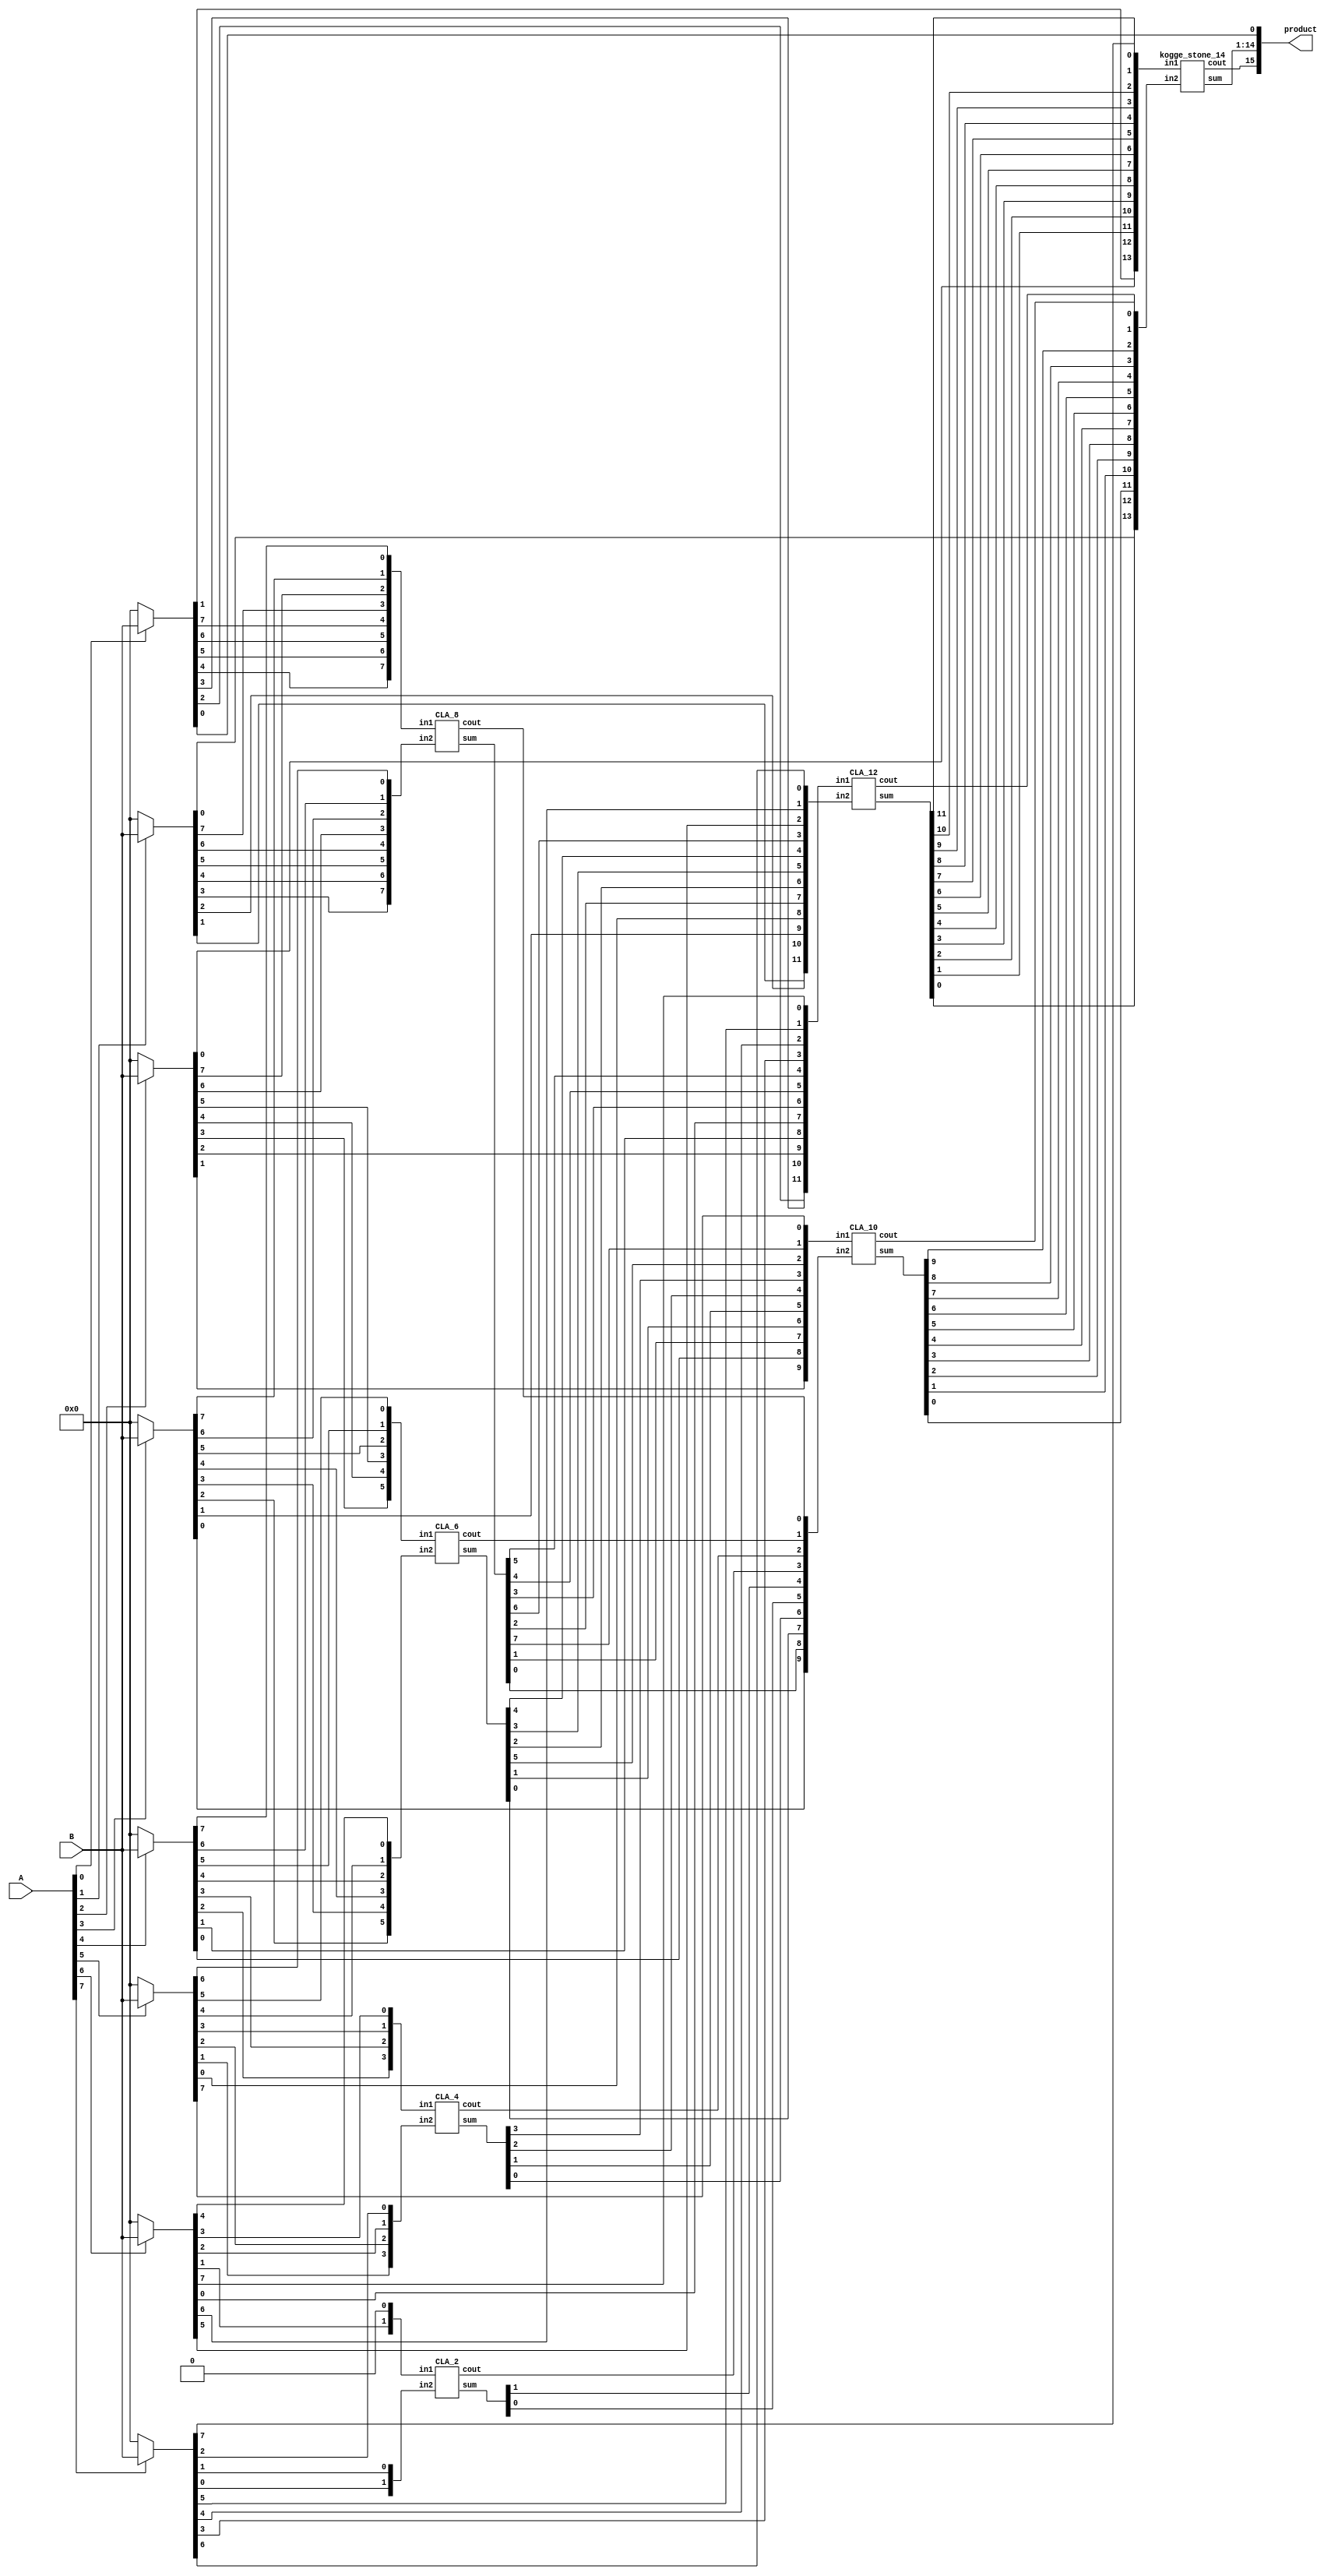
module multiplier_8bits_version13(product, A, B);

    output [15:0] product;
    input [7:0] A, B;

    /*
     * Area: 1313.570661
     * Power: 0.6623mW
     * Timing: 1.29ns
     */

    wire [7:0] pp0;
    wire [7:0] pp1;
    wire [7:0] pp2;
    wire [7:0] pp3;
    wire [7:0] pp4;
    wire [7:0] pp5;
    wire [7:0] pp6;
    wire [7:0] pp7;


    assign pp0 = A[0] ? B: 8'b00000000;
    assign pp1 = A[1] ? B: 8'b00000000;
    assign pp2 = A[2] ? B: 8'b00000000;
    assign pp3 = A[3] ? B: 8'b00000000;
    assign pp4 = A[4] ? B: 8'b00000000;
    assign pp5 = A[5] ? B: 8'b00000000;
    assign pp6 = A[6] ? B: 8'b00000000;
    assign pp7 = A[7] ? B: 8'b00000000;

    /* Stage 1*/
    wire[7:0] s1, in1_1, in1_2;
    wire c1;
    assign in1_1 = {pp0[4], pp0[5], pp0[6], pp0[7], pp1[7], pp2[7], pp3[7], pp4[7]};
    assign in1_2 = {pp1[3], pp1[4], pp1[5], pp1[6], pp2[6], pp3[6], pp4[6], pp5[6]};
    CLA_8 KS_1(s1, c1, in1_1, in1_2);

    wire[5:0] s2, in2_1, in2_2;
    wire c2;
    assign in2_1 = {pp2[3], pp2[4], pp2[5], pp3[5], pp4[5], pp5[5]};
    assign in2_2 = {pp3[2], pp3[3], pp3[4], pp4[4], pp5[4], pp6[4]};
    CLA_6 KS_2(s2, c2, in2_1, in2_2);

    wire[3:0] s3, in3_1, in3_2;
    wire c3;
    assign in3_1 = {pp4[2], pp4[3], pp5[3], pp6[3]};
    assign in3_2 = {pp5[1], pp5[2], pp6[2], pp7[2]};
    CLA_4 KS_3(s3, c3, in3_1, in3_2);

    wire[1:0] s4, in4_1, in4_2;
    wire c4;
    assign in4_1 = {pp6[1], 1'b0};
    assign in4_2 = {pp7[0], pp7[1]};
    CLA_2 KS_4(s4, c4, in4_1, in4_2);

    /* Stage 2*/
    wire[11:0] s5, in5_1, in5_2;
    wire c5;
    assign in5_1 = {pp0[2], pp0[3], pp2[2], pp4[1], pp6[0], s1[3], s1[4], s1[5], pp7[3], pp7[4], pp7[5], pp6[7]};
    assign in5_2 = {pp1[1], pp1[2], pp3[1], pp5[0], s1[2],  s2[2], s2[3], s2[4], s1[6],  pp6[5], pp6[6], pp7[6]};
    CLA_12 KS_5(s5, c5, in5_1, in5_2);

    wire[9:0] s6, in6_1, in6_2;
    wire c6;
    assign in6_1 = {pp2[1], pp4[0], s1[1], s2[1], s3[1], s3[2], s3[3], s2[5], s1[7], pp5[7]};
    assign in6_2 = {pp3[0], s1[0],  s2[0], s3[0], s4[0], s4[1], c4,    c3,    c2,    c1};
    CLA_10 KS_6(s6, c6, in6_1, in6_2);
    
    /* Final Stage */
    wire[13:0] s, in_1, in_2;
    wire c;
    assign in_1 = {pp0[1], pp2[0], s5[1], s5[2], s5[3], s5[4], s5[5], s5[6], s5[7], s5[8], s5[9], s5[10], s5[11], pp7[7]};
    assign in_2 = {pp1[0], s5[0], s6[0],  s6[1], s6[2], s6[3], s6[4], s6[5], s6[6], s6[7], s6[8], s6[9],  c6,     c5};
    kogge_stone_14 KS(s, c, in_1, in_2);

    assign product[0] = pp0[0];
    assign product[1] = s[0];
    assign product[2] = s[1];
    assign product[3] = s[2];
    assign product[4] = s[3];
    assign product[5] = s[4];
    assign product[6] = s[5];
    assign product[7] = s[6];
    assign product[8] = s[7];
    assign product[9] = s[8];
    assign product[10] = s[9];
    assign product[11] = s[10];
    assign product[12] = s[11];
    assign product[13] = s[12];
    assign product[14] = s[13];
    assign product[15] = c;
endmodule


module CLA_2_c(output [1:0] sum,
            output cout,
            input [1:0] in1, in2,
            input cin);

    wire [1:0] G; /* Generate */
    wire [1:0] P; /* Propagate */
    wire [1:0] C; /* Carry */

    assign G[0] = in1[1] & in2[1]; /*Generate    Gi = Ai * Bi */
    assign G[1] = in1[0] & in2[0];

    assign P[0] = in1[1] ^ in2[1];
    assign P[1] = in1[0] ^ in2[0];

    assign C[0] = cin;
    assign C[1] = G[0] | (P[0] & C[0]);
    assign cout = G[1] | (P[1] & C[1]);
    assign sum = P ^ C;
endmodule

module CLA_4(output [3:0] sum,
            output cout,
            input [3:0] in1, in2);

    wire [3:0] G; /* Generate */
    wire [3:0] P; /* Propagate */
    wire [3:0] C; /* Carry */

    assign G[0] = in1[3] & in2[3]; /*Generate    Gi = Ai * Bi */
    assign G[1] = in1[2] & in2[2];
    assign G[2] = in1[1] & in2[1];
    assign G[3] = in1[0] & in2[0];
    assign P[0] = in1[3] ^ in2[3]; /*Propagate   Pi = Ai + Bi */
    assign P[1] = in1[2] ^ in2[2];
    assign P[2] = in1[1] ^ in2[1];
    assign P[3] = in1[0] ^ in2[0];

    assign C[0] = 0;
    assign C[1] = G[0] | (P[0] & C[0]);
    assign C[2] = G[1] | (P[1] & C[1]);
    assign C[3] = G[2] | (P[2] & C[2]);
    assign cout = G[3] | (P[3] & C[3]);
    assign sum = P ^ C;
endmodule

module CLA_4_c(output [3:0] sum,
            output cout,
            input [3:0] in1, in2,
            input cin);

    wire [3:0] G; /* Generate */
    wire [3:0] P; /* Propagate */
    wire [3:0] C; /* Carry */

    assign G[0] = in1[3] & in2[3]; /*Generate    Gi = Ai * Bi */
    assign G[1] = in1[2] & in2[2];
    assign G[2] = in1[1] & in2[1];
    assign G[3] = in1[0] & in2[0];
    assign P[0] = in1[3] ^ in2[3]; /*Propagate   Pi = Ai + Bi */
    assign P[1] = in1[2] ^ in2[2];
    assign P[2] = in1[1] ^ in2[1];
    assign P[3] = in1[0] ^ in2[0];

    assign C[0] = cin;
    assign C[1] = G[0] | (P[0] & C[0]);
    assign C[2] = G[1] | (P[1] & C[1]);
    assign C[3] = G[2] | (P[2] & C[2]);
    assign cout = G[3] | (P[3] & C[3]);
    assign sum = P ^ C;
endmodule

module kogge_stone_14(sum, cout, in1, in2);
    input [13:0] in1, in2; 
    output [13:0] sum; 
    output cout; 
    wire [13:0] G_Z, P_Z, 
    G_A, P_A,
    G_B, P_B,
    G_C, P_C,
    G_D, P_D,
    G_E, P_E,
    G_F, P_F;

    assign P_Z[0]  = in1[13] ^ in2[13];
    assign P_Z[1]  = in1[12] ^ in2[12];
    assign P_Z[2]  = in1[11] ^ in2[11];
    assign P_Z[3]  = in1[10] ^ in2[10];
    assign P_Z[4] = in1[9]  ^ in2[9];
    assign P_Z[5] = in1[8]  ^ in2[8];
    assign P_Z[6] = in1[7]  ^ in2[7];
    assign P_Z[7] = in1[6]  ^ in2[6];
    assign P_Z[8] = in1[5]  ^ in2[5];
    assign P_Z[9] = in1[4]  ^ in2[4];
    assign P_Z[10] = in1[3]  ^ in2[3];
    assign P_Z[11] = in1[2]  ^ in2[2];
    assign P_Z[12] = in1[1]  ^ in2[1];
    assign P_Z[13] = in1[0]  ^ in2[0];

    assign G_Z[0]  = in1[13] & in2[13];
    assign G_Z[1]  = in1[12] & in2[12];
    assign G_Z[2]  = in1[11] & in2[11];
    assign G_Z[3]  = in1[10] & in2[10];
    assign G_Z[4] = in1[9]  & in2[9];
    assign G_Z[5] = in1[8]  & in2[8];
    assign G_Z[6] = in1[7]  & in2[7];
    assign G_Z[7] = in1[6]  & in2[6];
    assign G_Z[8] = in1[5]  & in2[5];
    assign G_Z[9] = in1[4]  & in2[4];
    assign G_Z[10] = in1[3]  & in2[3];
    assign G_Z[11] = in1[2]  & in2[2];
    assign G_Z[12] = in1[1]  & in2[1];
    assign G_Z[13] = in1[0]  & in2[0];

    /*level 1*/
    assign G_A[0] = G_Z[0];
    black_cell level_1A(G_Z[0],  P_Z[1],  G_Z[1],  P_Z[0],  G_A[1],  P_A[1]);
    black_cell level_2A(G_Z[1],  P_Z[2],  G_Z[2],  P_Z[1],  G_A[2],  P_A[2]);
    black_cell level_3A(G_Z[2],  P_Z[3],  G_Z[3],  P_Z[2],  G_A[3],  P_A[3]);
    black_cell level_4A(G_Z[3],  P_Z[4],  G_Z[4],  P_Z[3],  G_A[4],  P_A[4]);
    black_cell level_5A(G_Z[4],  P_Z[5],  G_Z[5],  P_Z[4],  G_A[5],  P_A[5]);
    black_cell level_6A(G_Z[5],  P_Z[6],  G_Z[6],  P_Z[5],  G_A[6],  P_A[6]);
    black_cell level_7A(G_Z[6],  P_Z[7],  G_Z[7],  P_Z[6],  G_A[7],  P_A[7]);
    black_cell level_8A(G_Z[7],  P_Z[8],  G_Z[8],  P_Z[7],  G_A[8],  P_A[8]);
    black_cell level_9A(G_Z[8],  P_Z[9],  G_Z[9],  P_Z[8],  G_A[9],  P_A[9]);
    black_cell level_AA(G_Z[9],  P_Z[10], G_Z[10], P_Z[9],  G_A[10], P_A[10]);
    black_cell level_BA(G_Z[10], P_Z[11], G_Z[11], P_Z[10], G_A[11], P_A[11]);
    black_cell level_CA(G_Z[11], P_Z[12], G_Z[12], P_Z[11], G_A[12], P_A[12]);
    black_cell level_DA(G_Z[12], P_Z[13], G_Z[13], P_Z[12], G_A[13], P_A[13]);

    /*level 2*/
    assign G_B[1] = G_A[1];
    gray_cell level_2B(G_A[0],   P_A[2],  G_A[2],  G_B[2]);
    black_cell level_3B(G_A[1],  P_A[3],  G_A[3],  P_A[1],  G_B[3],  P_B[3]);
    black_cell level_4B(G_A[2],  P_A[4],  G_A[4],  P_A[2],  G_B[4],  P_B[4]);
    black_cell level_5B(G_A[3],  P_A[5],  G_A[5],  P_A[3],  G_B[5],  P_B[5]);
    black_cell level_6B(G_A[4],  P_A[6],  G_A[6],  P_A[4],  G_B[6],  P_B[6]);
    black_cell level_7B(G_A[5],  P_A[7],  G_A[7],  P_A[5],  G_B[7],  P_B[7]);
    black_cell level_8B(G_A[6],  P_A[8],  G_A[8],  P_A[6],  G_B[8],  P_B[8]);
    black_cell level_9B(G_A[7],  P_A[9],  G_A[9],  P_A[7],  G_B[9],  P_B[9]);
    black_cell level_AB(G_A[8],  P_A[10], G_A[10], P_A[8],  G_B[10], P_B[10]);
    black_cell level_BB(G_A[9],  P_A[11], G_A[11], P_A[9],  G_B[11], P_B[11]);
    black_cell level_CB(G_A[10], P_A[12], G_A[12], P_A[10], G_B[12], P_B[12]);
    black_cell level_DB(G_A[11], P_A[13], G_A[13], P_A[11], G_B[13], P_B[13]);

    /*level 3*/
    assign G_C[3] = G_B[3];
    gray_cell level_4C(G_A[0],   P_B[4],  G_B[4],  G_C[4]);
    gray_cell level_5C(G_B[1],   P_B[5],  G_B[5],  G_C[5]);
    gray_cell level_6C(G_B[2],   P_B[6],  G_B[6],  G_C[6]);
    black_cell level_7C(G_B[3],  P_B[7],  G_B[7],  P_B[3],  G_C[7],  P_C[7]);
    black_cell level_8C(G_B[4],  P_B[8],  G_B[8],  P_B[4],  G_C[8],  P_C[8]);
    black_cell level_9C(G_B[5],  P_B[9],  G_B[9],  P_B[5],  G_C[9],  P_C[9]);
    black_cell level_AC(G_B[6],  P_B[10], G_B[10], P_B[6],  G_C[10], P_C[10]);
    black_cell level_BC(G_B[7],  P_B[11], G_B[11], P_B[7],  G_C[11], P_C[11]);
    black_cell level_CC(G_B[8],  P_B[12], G_B[12], P_B[8],  G_C[12], P_C[12]);
    black_cell level_DC(G_B[9],  P_B[13], G_B[13], P_B[9],  G_C[13], P_C[13]);

    /*level 4*/
    assign G_D[7] = G_C[7];
    gray_cell level_8D(G_A[0],    P_C[8],   G_C[8],            G_D[8]);
    gray_cell level_9D(G_B[1],    P_C[9],   G_C[9],            G_D[9]);
    gray_cell level_AD(G_B[2],    P_C[10],  G_C[10],           G_D[10]);
    gray_cell level_BD(G_C[3],    P_C[11],  G_C[11],           G_D[11]);
    gray_cell level_CD(G_C[4],    P_C[12],  G_C[12],           G_D[12]);
    gray_cell level_DD(G_C[5],    P_C[13],  G_C[13],           cout);

    /*outputs*/
    assign sum[0]  =           P_Z[0];
    assign sum[1]  = G_A[0]  ^ P_Z[1];
    assign sum[2]  = G_B[1]  ^ P_Z[2];
    assign sum[3]  = G_B[2]  ^ P_Z[3];
    assign sum[4]  = G_C[3]  ^ P_Z[4];
    assign sum[5]  = G_C[4]  ^ P_Z[5];
    assign sum[6]  = G_C[5]  ^ P_Z[6];
    assign sum[7]  = G_C[6]  ^ P_Z[7];
    assign sum[8]  = G_D[7]  ^ P_Z[8];
    assign sum[9]  = G_D[8]  ^ P_Z[9];
    assign sum[10] = G_D[9]  ^ P_Z[10];
    assign sum[11] = G_D[10] ^ P_Z[11];
    assign sum[12] = G_D[11] ^ P_Z[12];
    assign sum[13] = G_D[12] ^ P_Z[13];
endmodule

module gray_cell(Gk_j, Pi_k, Gi_k, G);
    input Gk_j, Pi_k, Gi_k;
    output G;
    wire Y;
    and(Y, Gk_j, Pi_k);
    or(G, Y, Gi_k);
endmodule

module black_cell(Gk_j, Pi_k, Gi_k, Pk_j, G, P);
    input Gk_j, Pi_k, Gi_k, Pk_j;
    output G, P;
    wire Y;
    and(Y, Gk_j, Pi_k);
    or(G, Gi_k, Y);
    and(P, Pk_j, Pi_k);
endmodule


module CLA_16(output [15:0] sum, output cout, input [15:0] in1, input [15:0] in2);

    wire[15:0] G;
    wire[15:0] C;
    wire[15:0] P;

    assign G[0] = in1[15] & in2[15];
    assign P[0] = in1[15] ^ in2[15];
    assign G[1] = in1[14] & in2[14];
    assign P[1] = in1[14] ^ in2[14];
    assign G[2] = in1[13] & in2[13];
    assign P[2] = in1[13] ^ in2[13];
    assign G[3] = in1[12] & in2[12];
    assign P[3] = in1[12] ^ in2[12];
    assign G[4] = in1[11] & in2[11];
    assign P[4] = in1[11] ^ in2[11];
    assign G[5] = in1[10] & in2[10];
    assign P[5] = in1[10] ^ in2[10];
    assign G[6] = in1[9] & in2[9];
    assign P[6] = in1[9] ^ in2[9];
    assign G[7] = in1[8] & in2[8];
    assign P[7] = in1[8] ^ in2[8];
    assign G[8] = in1[7] & in2[7];
    assign P[8] = in1[7] ^ in2[7];
    assign G[9] = in1[6] & in2[6];
    assign P[9] = in1[6] ^ in2[6];
    assign G[10] = in1[5] & in2[5];
    assign P[10] = in1[5] ^ in2[5];
    assign G[11] = in1[4] & in2[4];
    assign P[11] = in1[4] ^ in2[4];
    assign G[12] = in1[3] & in2[3];
    assign P[12] = in1[3] ^ in2[3];
    assign G[13] = in1[2] & in2[2];
    assign P[13] = in1[2] ^ in2[2];
    assign G[14] = in1[1] & in2[1];
    assign P[14] = in1[1] ^ in2[1];
    assign G[15] = in1[0] & in2[0];
    assign P[15] = in1[0] ^ in2[0];


    assign C[0] = 0;  /* Carry_out = Ci+1 = Gi + Pi*Ci */;
    assign C[1] = G[0] | (P[0] & C[0]);
    assign C[2] = G[1] | (P[1] & C[1]);
    assign C[3] = G[2] | (P[2] & C[2]);
    assign C[4] = G[3] | (P[3] & C[3]);
    assign C[5] = G[4] | (P[4] & C[4]);
    assign C[6] = G[5] | (P[5] & C[5]);
    assign C[7] = G[6] | (P[6] & C[6]);
    assign C[8] = G[7] | (P[7] & C[7]);
    assign C[9] = G[8] | (P[8] & C[8]);
    assign C[10] = G[9] | (P[9] & C[9]);
    assign C[11] = G[10] | (P[10] & C[10]);
    assign C[12] = G[11] | (P[11] & C[11]);
    assign C[13] = G[12] | (P[12] & C[12]);
    assign C[14] = G[13] | (P[13] & C[13]);
    assign C[15] = G[14] | (P[14] & C[14]);
    assign cout = G[15] | (P[15] & C[15]);
    assign sum = P ^ C;
endmodule

module CLA_15(output [14:0] sum, output cout, input [14:0] in1, input [14:0] in2);

    wire[14:0] G;
    wire[14:0] C;
    wire[14:0] P;

    assign G[0] = in1[14] & in2[14];
    assign P[0] = in1[14] ^ in2[14];
    assign G[1] = in1[13] & in2[13];
    assign P[1] = in1[13] ^ in2[13];
    assign G[2] = in1[12] & in2[12];
    assign P[2] = in1[12] ^ in2[12];
    assign G[3] = in1[11] & in2[11];
    assign P[3] = in1[11] ^ in2[11];
    assign G[4] = in1[10] & in2[10];
    assign P[4] = in1[10] ^ in2[10];
    assign G[5] = in1[9] & in2[9];
    assign P[5] = in1[9] ^ in2[9];
    assign G[6] = in1[8] & in2[8];
    assign P[6] = in1[8] ^ in2[8];
    assign G[7] = in1[7] & in2[7];
    assign P[7] = in1[7] ^ in2[7];
    assign G[8] = in1[6] & in2[6];
    assign P[8] = in1[6] ^ in2[6];
    assign G[9] = in1[5] & in2[5];
    assign P[9] = in1[5] ^ in2[5];
    assign G[10] = in1[4] & in2[4];
    assign P[10] = in1[4] ^ in2[4];
    assign G[11] = in1[3] & in2[3];
    assign P[11] = in1[3] ^ in2[3];
    assign G[12] = in1[2] & in2[2];
    assign P[12] = in1[2] ^ in2[2];
    assign G[13] = in1[1] & in2[1];
    assign P[13] = in1[1] ^ in2[1];
    assign G[14] = in1[0] & in2[0];
    assign P[14] = in1[0] ^ in2[0];


    assign C[0] = 0;  /* Carry_out = Ci+1 = Gi + Pi*Ci */;
    assign C[1] = G[0] | (P[0] & C[0]);
    assign C[2] = G[1] | (P[1] & C[1]);
    assign C[3] = G[2] | (P[2] & C[2]);
    assign C[4] = G[3] | (P[3] & C[3]);
    assign C[5] = G[4] | (P[4] & C[4]);
    assign C[6] = G[5] | (P[5] & C[5]);
    assign C[7] = G[6] | (P[6] & C[6]);
    assign C[8] = G[7] | (P[7] & C[7]);
    assign C[9] = G[8] | (P[8] & C[8]);
    assign C[10] = G[9] | (P[9] & C[9]);
    assign C[11] = G[10] | (P[10] & C[10]);
    assign C[12] = G[11] | (P[11] & C[11]);
    assign C[13] = G[12] | (P[12] & C[12]);
    assign C[14] = G[13] | (P[13] & C[13]);
    assign cout = G[14] | (P[14] & C[14]);
    assign sum = P ^ C;
endmodule

module CLA_14(output [13:0] sum, output cout, input [13:0] in1, input [13:0] in2);

    wire[13:0] G;
    wire[13:0] C;
    wire[13:0] P;

    assign G[0] = in1[13] & in2[13];
    assign P[0] = in1[13] ^ in2[13];
    assign G[1] = in1[12] & in2[12];
    assign P[1] = in1[12] ^ in2[12];
    assign G[2] = in1[11] & in2[11];
    assign P[2] = in1[11] ^ in2[11];
    assign G[3] = in1[10] & in2[10];
    assign P[3] = in1[10] ^ in2[10];
    assign G[4] = in1[9] & in2[9];
    assign P[4] = in1[9] ^ in2[9];
    assign G[5] = in1[8] & in2[8];
    assign P[5] = in1[8] ^ in2[8];
    assign G[6] = in1[7] & in2[7];
    assign P[6] = in1[7] ^ in2[7];
    assign G[7] = in1[6] & in2[6];
    assign P[7] = in1[6] ^ in2[6];
    assign G[8] = in1[5] & in2[5];
    assign P[8] = in1[5] ^ in2[5];
    assign G[9] = in1[4] & in2[4];
    assign P[9] = in1[4] ^ in2[4];
    assign G[10] = in1[3] & in2[3];
    assign P[10] = in1[3] ^ in2[3];
    assign G[11] = in1[2] & in2[2];
    assign P[11] = in1[2] ^ in2[2];
    assign G[12] = in1[1] & in2[1];
    assign P[12] = in1[1] ^ in2[1];
    assign G[13] = in1[0] & in2[0];
    assign P[13] = in1[0] ^ in2[0];


    assign C[0] = 0;  /* Carry_out = Ci+1 = Gi + Pi*Ci */;
    assign C[1] = G[0] | (P[0] & C[0]);
    assign C[2] = G[1] | (P[1] & C[1]);
    assign C[3] = G[2] | (P[2] & C[2]);
    assign C[4] = G[3] | (P[3] & C[3]);
    assign C[5] = G[4] | (P[4] & C[4]);
    assign C[6] = G[5] | (P[5] & C[5]);
    assign C[7] = G[6] | (P[6] & C[6]);
    assign C[8] = G[7] | (P[7] & C[7]);
    assign C[9] = G[8] | (P[8] & C[8]);
    assign C[10] = G[9] | (P[9] & C[9]);
    assign C[11] = G[10] | (P[10] & C[10]);
    assign C[12] = G[11] | (P[11] & C[11]);
    assign C[13] = G[12] | (P[12] & C[12]);
    assign cout = G[13] | (P[13] & C[13]);
    assign sum = P ^ C;
endmodule

module CLA_13(output [12:0] sum, output cout, input [12:0] in1, input [12:0] in2);

    wire[12:0] G;
    wire[12:0] C;
    wire[12:0] P;

    assign G[0] = in1[12] & in2[12];
    assign P[0] = in1[12] ^ in2[12];
    assign G[1] = in1[11] & in2[11];
    assign P[1] = in1[11] ^ in2[11];
    assign G[2] = in1[10] & in2[10];
    assign P[2] = in1[10] ^ in2[10];
    assign G[3] = in1[9] & in2[9];
    assign P[3] = in1[9] ^ in2[9];
    assign G[4] = in1[8] & in2[8];
    assign P[4] = in1[8] ^ in2[8];
    assign G[5] = in1[7] & in2[7];
    assign P[5] = in1[7] ^ in2[7];
    assign G[6] = in1[6] & in2[6];
    assign P[6] = in1[6] ^ in2[6];
    assign G[7] = in1[5] & in2[5];
    assign P[7] = in1[5] ^ in2[5];
    assign G[8] = in1[4] & in2[4];
    assign P[8] = in1[4] ^ in2[4];
    assign G[9] = in1[3] & in2[3];
    assign P[9] = in1[3] ^ in2[3];
    assign G[10] = in1[2] & in2[2];
    assign P[10] = in1[2] ^ in2[2];
    assign G[11] = in1[1] & in2[1];
    assign P[11] = in1[1] ^ in2[1];
    assign G[12] = in1[0] & in2[0];
    assign P[12] = in1[0] ^ in2[0];


    assign C[0] = 0;  /* Carry_out = Ci+1 = Gi + Pi*Ci */;
    assign C[1] = G[0] | (P[0] & C[0]);
    assign C[2] = G[1] | (P[1] & C[1]);
    assign C[3] = G[2] | (P[2] & C[2]);
    assign C[4] = G[3] | (P[3] & C[3]);
    assign C[5] = G[4] | (P[4] & C[4]);
    assign C[6] = G[5] | (P[5] & C[5]);
    assign C[7] = G[6] | (P[6] & C[6]);
    assign C[8] = G[7] | (P[7] & C[7]);
    assign C[9] = G[8] | (P[8] & C[8]);
    assign C[10] = G[9] | (P[9] & C[9]);
    assign C[11] = G[10] | (P[10] & C[10]);
    assign C[12] = G[11] | (P[11] & C[11]);
    assign cout = G[12] | (P[12] & C[12]);
    assign sum = P ^ C;
endmodule

module CLA_12(output [11:0] sum, output cout, input [11:0] in1, input [11:0] in2);

    wire[11:0] G;
    wire[11:0] C;
    wire[11:0] P;

    assign G[0] = in1[11] & in2[11];
    assign P[0] = in1[11] ^ in2[11];
    assign G[1] = in1[10] & in2[10];
    assign P[1] = in1[10] ^ in2[10];
    assign G[2] = in1[9] & in2[9];
    assign P[2] = in1[9] ^ in2[9];
    assign G[3] = in1[8] & in2[8];
    assign P[3] = in1[8] ^ in2[8];
    assign G[4] = in1[7] & in2[7];
    assign P[4] = in1[7] ^ in2[7];
    assign G[5] = in1[6] & in2[6];
    assign P[5] = in1[6] ^ in2[6];
    assign G[6] = in1[5] & in2[5];
    assign P[6] = in1[5] ^ in2[5];
    assign G[7] = in1[4] & in2[4];
    assign P[7] = in1[4] ^ in2[4];
    assign G[8] = in1[3] & in2[3];
    assign P[8] = in1[3] ^ in2[3];
    assign G[9] = in1[2] & in2[2];
    assign P[9] = in1[2] ^ in2[2];
    assign G[10] = in1[1] & in2[1];
    assign P[10] = in1[1] ^ in2[1];
    assign G[11] = in1[0] & in2[0];
    assign P[11] = in1[0] ^ in2[0];


    assign C[0] = 0;  /* Carry_out = Ci+1 = Gi + Pi*Ci */;
    assign C[1] = G[0] | (P[0] & C[0]);
    assign C[2] = G[1] | (P[1] & C[1]);
    assign C[3] = G[2] | (P[2] & C[2]);
    assign C[4] = G[3] | (P[3] & C[3]);
    assign C[5] = G[4] | (P[4] & C[4]);
    assign C[6] = G[5] | (P[5] & C[5]);
    assign C[7] = G[6] | (P[6] & C[6]);
    assign C[8] = G[7] | (P[7] & C[7]);
    assign C[9] = G[8] | (P[8] & C[8]);
    assign C[10] = G[9] | (P[9] & C[9]);
    assign C[11] = G[10] | (P[10] & C[10]);
    assign cout = G[11] | (P[11] & C[11]);
    assign sum = P ^ C;
endmodule

module CLA_11(output [10:0] sum, output cout, input [10:0] in1, input [10:0] in2);

    wire[10:0] G;
    wire[10:0] C;
    wire[10:0] P;

    assign G[0] = in1[10] & in2[10];
    assign P[0] = in1[10] ^ in2[10];
    assign G[1] = in1[9] & in2[9];
    assign P[1] = in1[9] ^ in2[9];
    assign G[2] = in1[8] & in2[8];
    assign P[2] = in1[8] ^ in2[8];
    assign G[3] = in1[7] & in2[7];
    assign P[3] = in1[7] ^ in2[7];
    assign G[4] = in1[6] & in2[6];
    assign P[4] = in1[6] ^ in2[6];
    assign G[5] = in1[5] & in2[5];
    assign P[5] = in1[5] ^ in2[5];
    assign G[6] = in1[4] & in2[4];
    assign P[6] = in1[4] ^ in2[4];
    assign G[7] = in1[3] & in2[3];
    assign P[7] = in1[3] ^ in2[3];
    assign G[8] = in1[2] & in2[2];
    assign P[8] = in1[2] ^ in2[2];
    assign G[9] = in1[1] & in2[1];
    assign P[9] = in1[1] ^ in2[1];
    assign G[10] = in1[0] & in2[0];
    assign P[10] = in1[0] ^ in2[0];


    assign C[0] = 0;  /* Carry_out = Ci+1 = Gi + Pi*Ci */;
    assign C[1] = G[0] | (P[0] & C[0]);
    assign C[2] = G[1] | (P[1] & C[1]);
    assign C[3] = G[2] | (P[2] & C[2]);
    assign C[4] = G[3] | (P[3] & C[3]);
    assign C[5] = G[4] | (P[4] & C[4]);
    assign C[6] = G[5] | (P[5] & C[5]);
    assign C[7] = G[6] | (P[6] & C[6]);
    assign C[8] = G[7] | (P[7] & C[7]);
    assign C[9] = G[8] | (P[8] & C[8]);
    assign C[10] = G[9] | (P[9] & C[9]);
    assign cout = G[10] | (P[10] & C[10]);
    assign sum = P ^ C;
endmodule

module CLA_10(output [9:0] sum, output cout, input [9:0] in1, input [9:0] in2);

    wire[9:0] G;
    wire[9:0] C;
    wire[9:0] P;

    assign G[0] = in1[9] & in2[9];
    assign P[0] = in1[9] ^ in2[9];
    assign G[1] = in1[8] & in2[8];
    assign P[1] = in1[8] ^ in2[8];
    assign G[2] = in1[7] & in2[7];
    assign P[2] = in1[7] ^ in2[7];
    assign G[3] = in1[6] & in2[6];
    assign P[3] = in1[6] ^ in2[6];
    assign G[4] = in1[5] & in2[5];
    assign P[4] = in1[5] ^ in2[5];
    assign G[5] = in1[4] & in2[4];
    assign P[5] = in1[4] ^ in2[4];
    assign G[6] = in1[3] & in2[3];
    assign P[6] = in1[3] ^ in2[3];
    assign G[7] = in1[2] & in2[2];
    assign P[7] = in1[2] ^ in2[2];
    assign G[8] = in1[1] & in2[1];
    assign P[8] = in1[1] ^ in2[1];
    assign G[9] = in1[0] & in2[0];
    assign P[9] = in1[0] ^ in2[0];


    assign C[0] = 0;  /* Carry_out = Ci+1 = Gi + Pi*Ci */;
    assign C[1] = G[0] | (P[0] & C[0]);
    assign C[2] = G[1] | (P[1] & C[1]);
    assign C[3] = G[2] | (P[2] & C[2]);
    assign C[4] = G[3] | (P[3] & C[3]);
    assign C[5] = G[4] | (P[4] & C[4]);
    assign C[6] = G[5] | (P[5] & C[5]);
    assign C[7] = G[6] | (P[6] & C[6]);
    assign C[8] = G[7] | (P[7] & C[7]);
    assign C[9] = G[8] | (P[8] & C[8]);
    assign cout = G[9] | (P[9] & C[9]);
    assign sum = P ^ C;
endmodule

module CLA_9(output [8:0] sum, output cout, input [8:0] in1, input [8:0] in2);

    wire[8:0] G;
    wire[8:0] C;
    wire[8:0] P;

    assign G[0] = in1[8] & in2[8];
    assign P[0] = in1[8] ^ in2[8];
    assign G[1] = in1[7] & in2[7];
    assign P[1] = in1[7] ^ in2[7];
    assign G[2] = in1[6] & in2[6];
    assign P[2] = in1[6] ^ in2[6];
    assign G[3] = in1[5] & in2[5];
    assign P[3] = in1[5] ^ in2[5];
    assign G[4] = in1[4] & in2[4];
    assign P[4] = in1[4] ^ in2[4];
    assign G[5] = in1[3] & in2[3];
    assign P[5] = in1[3] ^ in2[3];
    assign G[6] = in1[2] & in2[2];
    assign P[6] = in1[2] ^ in2[2];
    assign G[7] = in1[1] & in2[1];
    assign P[7] = in1[1] ^ in2[1];
    assign G[8] = in1[0] & in2[0];
    assign P[8] = in1[0] ^ in2[0];


    assign C[0] = 0;  /* Carry_out = Ci+1 = Gi + Pi*Ci */;
    assign C[1] = G[0] | (P[0] & C[0]);
    assign C[2] = G[1] | (P[1] & C[1]);
    assign C[3] = G[2] | (P[2] & C[2]);
    assign C[4] = G[3] | (P[3] & C[3]);
    assign C[5] = G[4] | (P[4] & C[4]);
    assign C[6] = G[5] | (P[5] & C[5]);
    assign C[7] = G[6] | (P[6] & C[6]);
    assign C[8] = G[7] | (P[7] & C[7]);
    assign cout = G[8] | (P[8] & C[8]);
    assign sum = P ^ C;
endmodule

module CLA_8(output [7:0] sum, output cout, input [7:0] in1, input [7:0] in2);

    wire[7:0] G;
    wire[7:0] C;
    wire[7:0] P;

    assign G[0] = in1[7] & in2[7];
    assign P[0] = in1[7] ^ in2[7];
    assign G[1] = in1[6] & in2[6];
    assign P[1] = in1[6] ^ in2[6];
    assign G[2] = in1[5] & in2[5];
    assign P[2] = in1[5] ^ in2[5];
    assign G[3] = in1[4] & in2[4];
    assign P[3] = in1[4] ^ in2[4];
    assign G[4] = in1[3] & in2[3];
    assign P[4] = in1[3] ^ in2[3];
    assign G[5] = in1[2] & in2[2];
    assign P[5] = in1[2] ^ in2[2];
    assign G[6] = in1[1] & in2[1];
    assign P[6] = in1[1] ^ in2[1];
    assign G[7] = in1[0] & in2[0];
    assign P[7] = in1[0] ^ in2[0];


    assign C[0] = 0;  /* Carry_out = Ci+1 = Gi + Pi*Ci */;
    assign C[1] = G[0] | (P[0] & C[0]);
    assign C[2] = G[1] | (P[1] & C[1]);
    assign C[3] = G[2] | (P[2] & C[2]);
    assign C[4] = G[3] | (P[3] & C[3]);
    assign C[5] = G[4] | (P[4] & C[4]);
    assign C[6] = G[5] | (P[5] & C[5]);
    assign C[7] = G[6] | (P[6] & C[6]);
    assign cout = G[7] | (P[7] & C[7]);
    assign sum = P ^ C;
endmodule

module CLA_7(output [6:0] sum, output cout, input [6:0] in1, input [6:0] in2);

    wire[6:0] G;
    wire[6:0] C;
    wire[6:0] P;

    assign G[0] = in1[6] & in2[6];
    assign P[0] = in1[6] ^ in2[6];
    assign G[1] = in1[5] & in2[5];
    assign P[1] = in1[5] ^ in2[5];
    assign G[2] = in1[4] & in2[4];
    assign P[2] = in1[4] ^ in2[4];
    assign G[3] = in1[3] & in2[3];
    assign P[3] = in1[3] ^ in2[3];
    assign G[4] = in1[2] & in2[2];
    assign P[4] = in1[2] ^ in2[2];
    assign G[5] = in1[1] & in2[1];
    assign P[5] = in1[1] ^ in2[1];
    assign G[6] = in1[0] & in2[0];
    assign P[6] = in1[0] ^ in2[0];


    assign C[0] = 0;  /* Carry_out = Ci+1 = Gi + Pi*Ci */;
    assign C[1] = G[0] | (P[0] & C[0]);
    assign C[2] = G[1] | (P[1] & C[1]);
    assign C[3] = G[2] | (P[2] & C[2]);
    assign C[4] = G[3] | (P[3] & C[3]);
    assign C[5] = G[4] | (P[4] & C[4]);
    assign C[6] = G[5] | (P[5] & C[5]);
    assign cout = G[6] | (P[6] & C[6]);
    assign sum = P ^ C;
endmodule

module CLA_6(output [5:0] sum, output cout, input [5:0] in1, input [5:0] in2);

    wire[5:0] G;
    wire[5:0] C;
    wire[5:0] P;

    assign G[0] = in1[5] & in2[5];
    assign P[0] = in1[5] ^ in2[5];
    assign G[1] = in1[4] & in2[4];
    assign P[1] = in1[4] ^ in2[4];
    assign G[2] = in1[3] & in2[3];
    assign P[2] = in1[3] ^ in2[3];
    assign G[3] = in1[2] & in2[2];
    assign P[3] = in1[2] ^ in2[2];
    assign G[4] = in1[1] & in2[1];
    assign P[4] = in1[1] ^ in2[1];
    assign G[5] = in1[0] & in2[0];
    assign P[5] = in1[0] ^ in2[0];


    assign C[0] = 0;  /* Carry_out = Ci+1 = Gi + Pi*Ci */;
    assign C[1] = G[0] | (P[0] & C[0]);
    assign C[2] = G[1] | (P[1] & C[1]);
    assign C[3] = G[2] | (P[2] & C[2]);
    assign C[4] = G[3] | (P[3] & C[3]);
    assign C[5] = G[4] | (P[4] & C[4]);
    assign cout = G[5] | (P[5] & C[5]);
    assign sum = P ^ C;
endmodule

module CLA_5(output [4:0] sum, output cout, input [4:0] in1, input [4:0] in2);

    wire[4:0] G;
    wire[4:0] C;
    wire[4:0] P;

    assign G[0] = in1[4] & in2[4];
    assign P[0] = in1[4] ^ in2[4];
    assign G[1] = in1[3] & in2[3];
    assign P[1] = in1[3] ^ in2[3];
    assign G[2] = in1[2] & in2[2];
    assign P[2] = in1[2] ^ in2[2];
    assign G[3] = in1[1] & in2[1];
    assign P[3] = in1[1] ^ in2[1];
    assign G[4] = in1[0] & in2[0];
    assign P[4] = in1[0] ^ in2[0];


    assign C[0] = 0;  /* Carry_out = Ci+1 = Gi + Pi*Ci */;
    assign C[1] = G[0] | (P[0] & C[0]);
    assign C[2] = G[1] | (P[1] & C[1]);
    assign C[3] = G[2] | (P[2] & C[2]);
    assign C[4] = G[3] | (P[3] & C[3]);
    assign cout = G[4] | (P[4] & C[4]);
    assign sum = P ^ C;
endmodule


module CLA_2(output [1:0] sum, output cout, input [1:0] in1, input [1:0] in2);

    wire[1:0] G;
    wire[1:0] C;
    wire[1:0] P;

    assign G[0] = in1[1] & in2[1];
    assign P[0] = in1[1] ^ in2[1];
    assign G[1] = in1[0] & in2[0];
    assign P[1] = in1[0] ^ in2[0];


    assign C[0] = 0;  /* Carry_out = Ci+1 = Gi + Pi*Ci */;
    assign C[1] = G[0] | (P[0] & C[0]);
    assign cout = G[1] | (P[1] & C[1]);
    assign sum = P ^ C;
endmodule